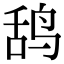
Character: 鸹